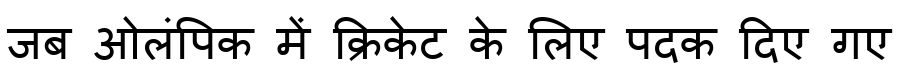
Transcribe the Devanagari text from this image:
जब ओलंपिक में क्रिकेट के लिए पदक दिए गए